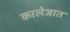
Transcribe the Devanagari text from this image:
कालेजात